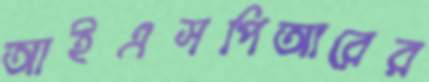
আইএসপিআরের